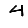
Digit: 4